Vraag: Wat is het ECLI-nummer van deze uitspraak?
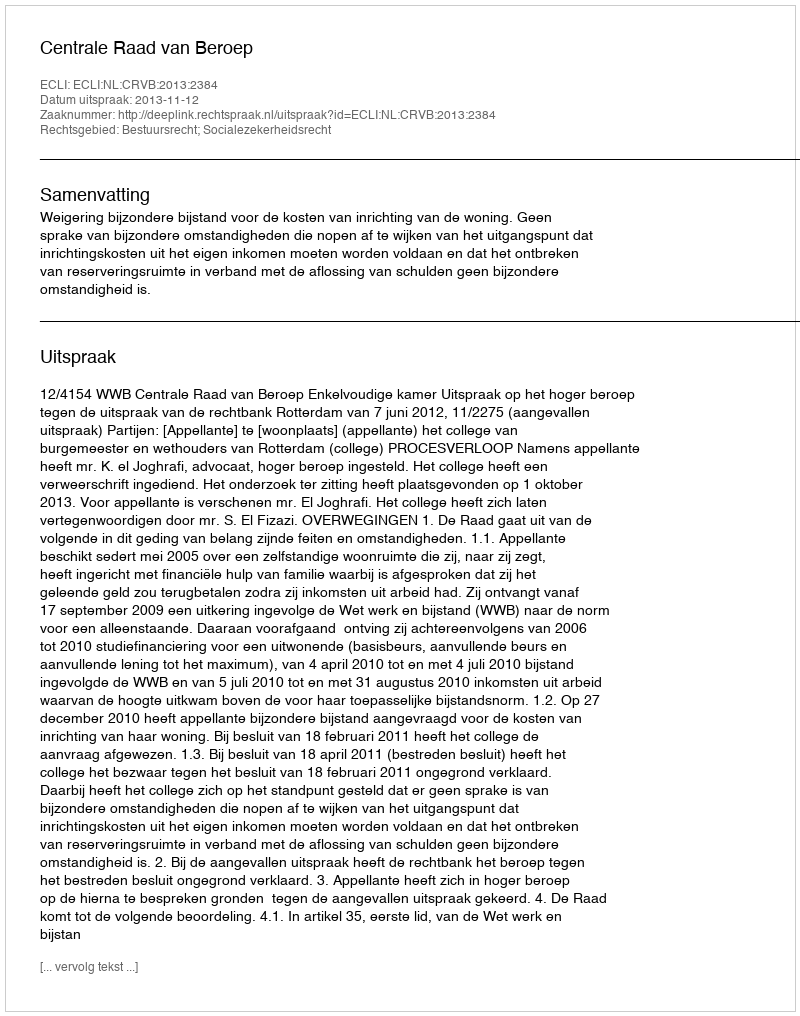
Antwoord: ECLI:NL:CRVB:2013:2384